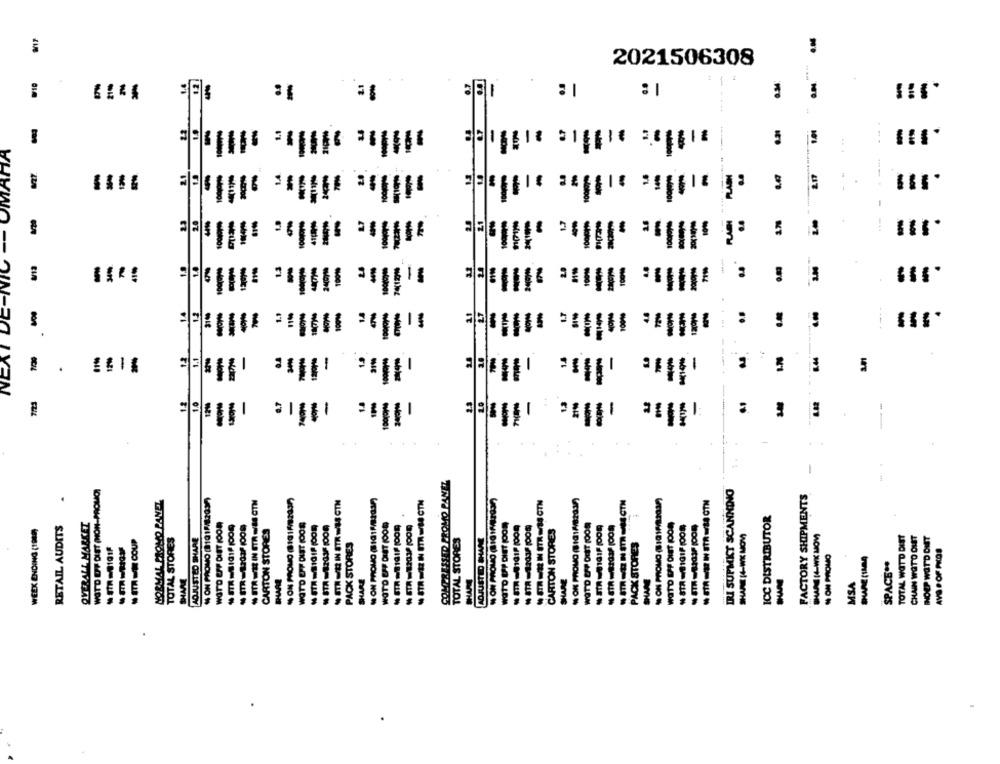
2021506308
--------
1:
-
-
wthe athe athies
-- OMAHA
1
RABI
!
-
DE-NIC
allis: illise sillace
silla withic sillsee
: !
8.44
NEJ
5
.
5
7/23
COMPRESSED PROMO PAVEZ
IRI SUPMKT SCANNING
WOTD OF DIST (NON-PROMO)
FACTORY SHIPMENTS
NORMAL PROMO PANEL
NON PROMO (81011/82037
* STR=EIN STR =/& GTN
~ STRE IN STR-34CTN
NON PROMO (1915/2037)
- ERER IN STRESS CTN
. IT ER NITR MM CTN
OVERALL MARKET
ICC DISTRIBUTOR
RETAIL AUDITS
WOTD EFF DIET (OON
WOTD EPP DUST (OOR
WOTO EPP DIET (OOD
WOTD UPP DIET (009
₩ STA -2037 (005
WOTD EFF DIET (OON
WOTO EPF ONET (PO4)
₩ STR =BIG1F (008
WEEK ENDING (1989)
CARTON STORES
CARTON STORES
SHAPE 14-WK MOM)
SHAN 14-WK MOM)
TOTAL WOTD DIST
CHAIN WOTO DUST
- STRE COUP
TOTAL STORES
ADJUSTED SHARE
PACK STORES
TOTAL STORES
ADJUSTED SHAME
PACK STORES
INOUP WAT'D DMT
- STR=101F
NON PROMO
SPACE **
SHAME
SHARE
SHAR
SHARE
MSA